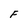
Character: F